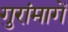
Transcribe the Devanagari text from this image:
गुरांमागें